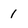
Character: 1